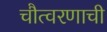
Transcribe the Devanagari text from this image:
चौत्वरणाची